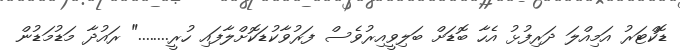
ޑޮކްޓަރު އަމިއްލަ ދަރިފުޅު އެހާ ބޮޑަށް ބަލިވީއިރުވެސް ފަރުވާކުޑަކޮށްލާފައި ހުރީ........" ރައުދާ މަޑުމަޑުން